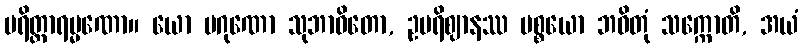
ပရိတ္တာရမ္မဏော။ ယော ပဂုဏော သုဘာဝိတော, ဥပရိဈာနဿ ပစ္စယော ဘဝိတုံ သက္ကောတိ, အယံ